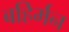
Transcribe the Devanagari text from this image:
बहिर्मन